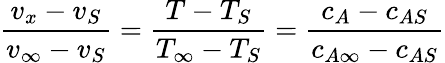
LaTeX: {\frac{v_{x}-v_{S}}{v_{\infty}-v_{S}}}={\frac{T-T_{S}}{T_{\infty}-T_{S}}}={\frac{c_{A}-c_{AS}}{c_{A\infty}-c_{AS}}}